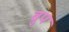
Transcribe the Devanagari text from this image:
बुप